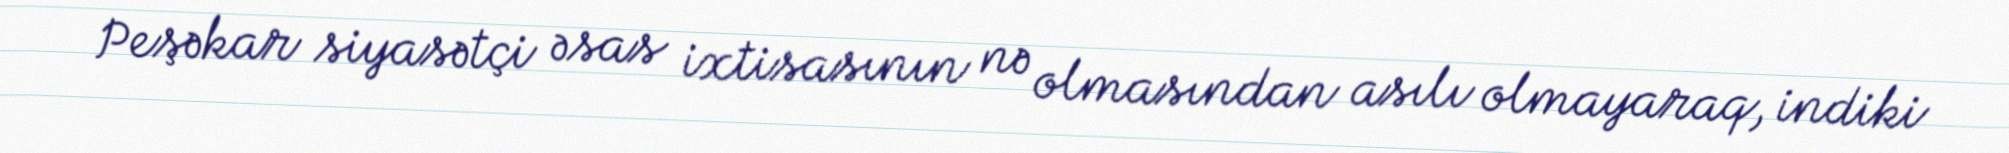
Peşəkar siyasətçi əsas ixtisasının nə olmasından asılı olmayaraq, indiki